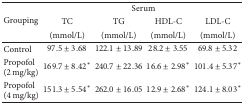
| <ROWSPAN=3> Grouping | <COLSPAN=4> Serum |
 | TC | TG | HDL-C | LDL-C |
 | (mmol/L) | (mmol/L) | (mmol/L) | (mmol/L) |
 | --- | --- | --- | --- | --- |
 | Control | 97.5 ± 3.68 | 122.1 ± 13.89 | 28.2 ± 3.55 | 69.8 ± 5.32 |
 | Propofol (2 mg/kg) | 169.7 ± 8.42* | 240.7 ± 22.36 | 16.6 ± 2.98* | 101.4 ± 5.37* |
 | Propofol (4 mg/kg) | 151.3 ± 5.54* | 262.0 ± 16.05 | 12.9 ± 2.68* | 124.1 ± 8.03* |